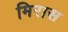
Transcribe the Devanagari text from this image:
मिरास